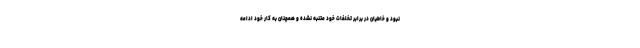
نبود و خاطیان در برابر تخلفات خود متنبه نشده و همچنان به کار خود ادامه